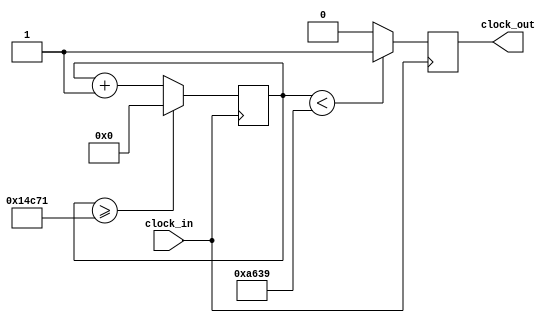
`timescale 1ns / 1ps
//////////////////////////////////////////////////////////////////////////////////
// Company: 
// Engineer: 
// 
// Design Name: 
// Module Name:    re3 
// Project Name: 
// Target Devices: 
// Tool versions: 
// Description: 
//
// Dependencies: 
//
// Revision: 
// Revision 0.01 - File Created
// Additional Comments: 
//
//////////////////////////////////////////////////////////////////////////////////
module re3(input clock_in, output reg clock_out);

reg [27:0]  counter = 28'd0;
parameter DIVISOR = 28'd85106;
always @(posedge clock_in)
begin
counter <= counter + 28'd1;
if (counter >=(DIVISOR-1))
counter <= 28'd0;
clock_out <= (counter<DIVISOR/2)?1'b1:1'b0;

end

endmodule